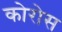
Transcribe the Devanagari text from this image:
कोरोस